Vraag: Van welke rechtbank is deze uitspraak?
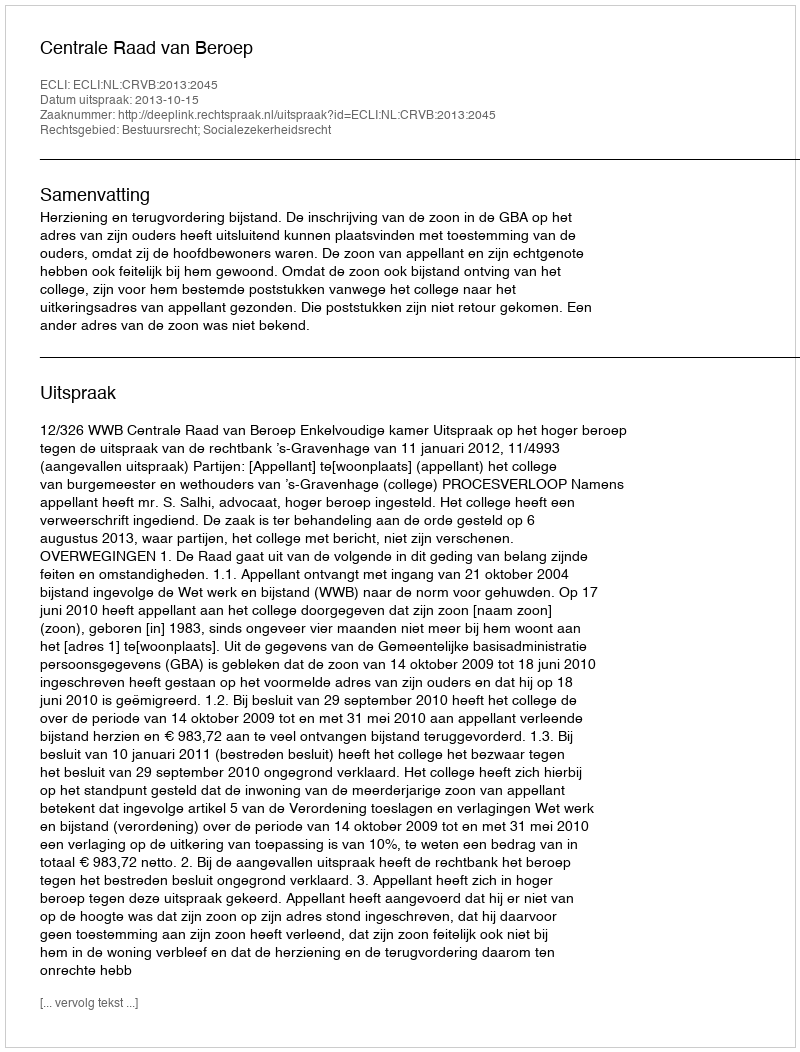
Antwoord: Centrale Raad van Beroep